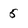
Character: 5